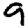
Digit: 9